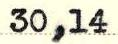
30,14